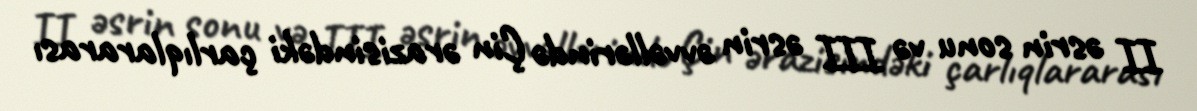
II əsrin sonu və III əsrin əvvəllərində Çin ərazisindəki çarlıqlararası